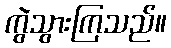
ကွဲသွားကြသည်။